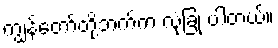
ကျွန်တော်တို့ဘက်က လုံခြုံ ပါတယ်။